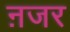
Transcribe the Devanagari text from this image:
ऩजर